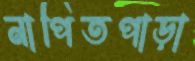
নাপিতপাড়া